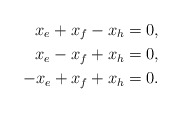
\begin{align*} x_e + x_f - x_h &= 0, \\ x_e - x_f + x_h &= 0, \\ -x_e + x_f + x_h &= 0. \end{align*}